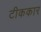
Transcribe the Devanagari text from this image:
टीककार